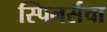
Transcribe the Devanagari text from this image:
स्पिनर्सचा